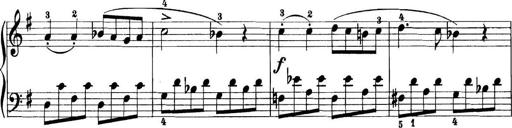
Title: 11 Sonatinas
Composer: Anton Diabelli